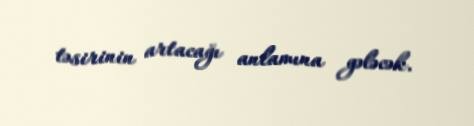
təsirinin artacağı anlamına gələcək.